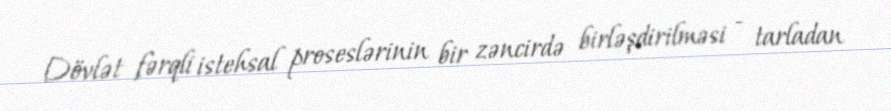
Dövlət fərqli istehsal proseslərinin bir zəncirdə birləşdirilməsi - tarladan